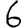
Digit: 6